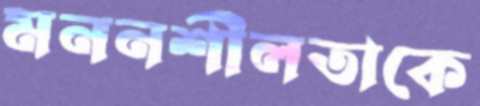
মননশীলতাকে